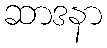
ဆာဒနာ